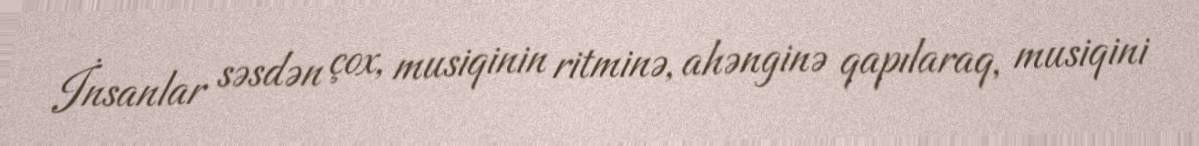
İnsanlar səsdən çox, musiqinin ritminə, ahənginə qapılaraq, musiqini